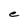
Character: e